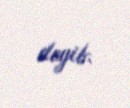
deyib.